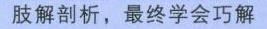
肢解析，最终学会巧解